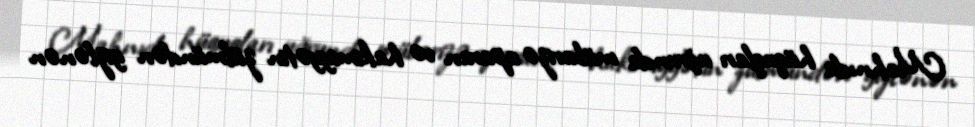
Mahnıda hüquqları uğrunda mübarizə aparan və hakimiyyətin zülmündən gizlənən